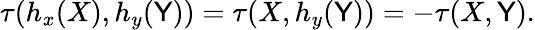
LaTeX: \tau(h_{x}(X),h_{y}(\mathsf{Y}))=\tau(X,h_{y}(\mathsf{Y}))=-\tau(X,\mathsf{Y}).